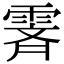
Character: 𬰁